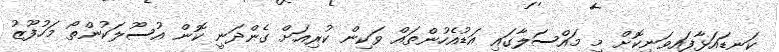
ކަނޑައަޅާފައިވަނިކޮށް މި މައްސަލާގައި އަޑުއެހުންތައް ވަކިން ކުރިއަށް ގެންދަނީ ކޮން އުސޫލަކުންތޯ މަހުފޫޒު